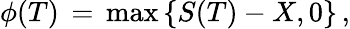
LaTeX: \phi(T)\, =\, \mathrm{max}\, \{ S(T)-X,0\} \, ,